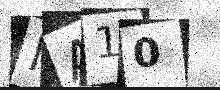
Text: MA10